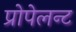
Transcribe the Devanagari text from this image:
प्रोपेलन्ट